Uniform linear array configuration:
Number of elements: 32
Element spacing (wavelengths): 0.75
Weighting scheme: binomial
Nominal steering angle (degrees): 30
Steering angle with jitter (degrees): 30.308
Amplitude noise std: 0.05
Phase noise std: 0.05

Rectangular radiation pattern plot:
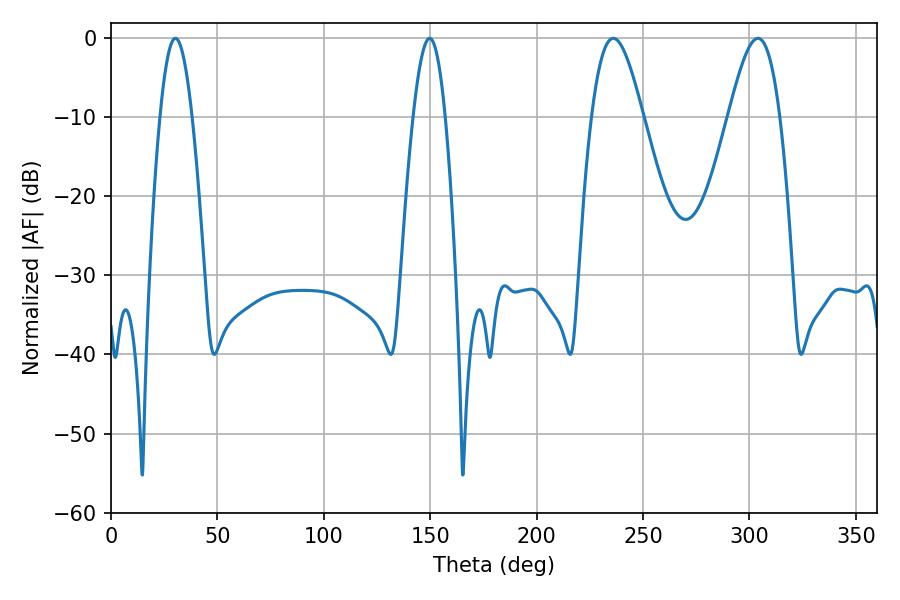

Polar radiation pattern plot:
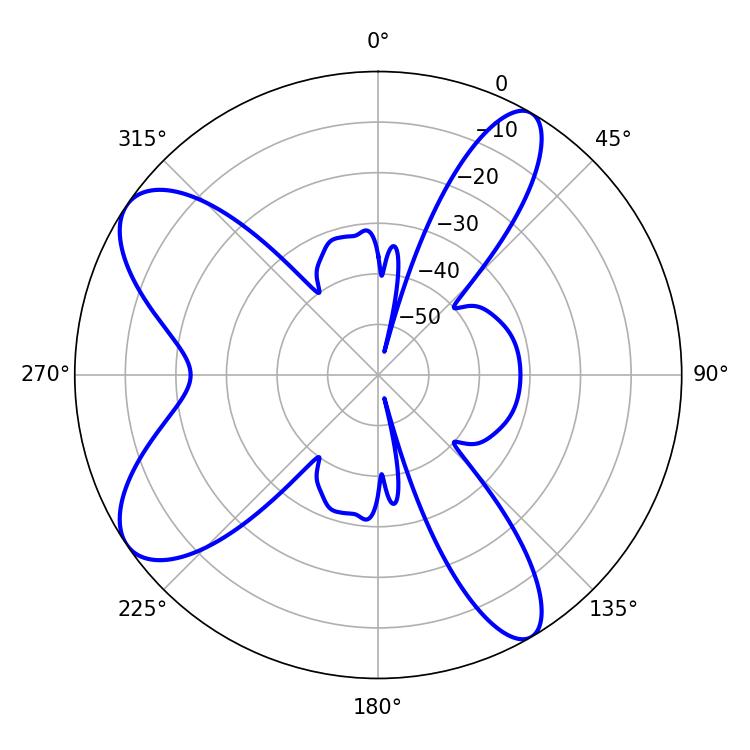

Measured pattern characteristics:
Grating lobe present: TRUE
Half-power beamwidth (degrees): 12.78
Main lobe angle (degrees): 304.02